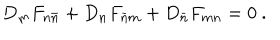
LaTeX: D _ { m } F _ { n \bar { n } } + D _ { n } F _ { \bar { n } m } + D _ { \bar { n } } F _ { m n } = 0 \ .